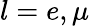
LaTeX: l=e,\mu